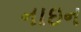
નાઇન